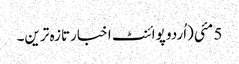
5 مئی(اُردو پوائنٹ اخبارتازہ ترین۔